Indian journal of veterinary science and animal husbandry - Volumes 18-21, 1948-1951
Year: 1948
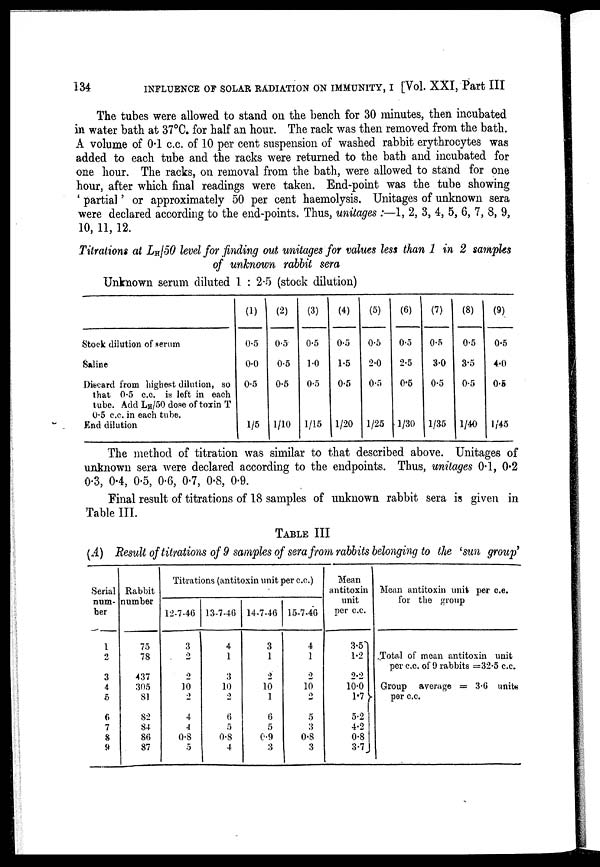
134
INFLUENCE OF SOLAR RADIATION ON IMMUNITY, I [Vol. XXI, Part III
The tubes were allowed to stand on the bench for 30 minutes, then incubated
in water bath at 37°C. for half an hour. The rack was then removed from the bath.
A volume of 0.1 c.c. of 10 per cent suspension of washed rabbit erythrocytes was
added to each tube and the racks were returned to the bath and incubated for
one hour. The racks, on removal from the bath, were allowed to stand for one
hour, after which final readings were taken. End-point was the tube showing
' partial' or approximately 50 per cent haemolysis. Unitages of unknown sera
were declared according to the end-points. Thus, unitages :—1, 2, 3, 4, 5, 6, 7, 8, 9,
10, 11, 12.
Titrations at L H /50 level for finding out unitages for values less than 1 in 2 samples
of unknown rabbit sera
Unknown serum diluted 1. : 2.5 (stock dilution)
Stock dilution of serum
Saline
Discard from highest dilution, so
that 0.5 c.c. is loft in each
tube. Add L H /50 dose of toxin T
0.5 c.c. in each tube.
End dilution
(1)
0.5
0.0
0.5
1/5
(2)
0.5
0.5
0.5
1/10
(3)
0.5
1.0
0.5
1/15
(4)
0.5
1.5
0.5
1/20
(5)
0.5
2.0
0.5
1/25
(6)
0.5
2.5
0.5
1/30
(7)
0.5
3.0
0.5
1/35
(8)
0.5
3.5
0.5
1/40
(9)
0.5
4.0
0.5
1/45
The method of titration was similar to that described above. Unitages of
unknown sera were declared according to the endpoints. Thus, unitages 0.1, 0.2
0.3, 0.4, 0.5, 0.6, 0.7, 0.8, 0.9.
Final result of titrations of 18 samples of unknown rabbit sera is given in
Table III.
TABLE III
(A) Result of titrations of 9 samples of sera from rabbits belonging to the 'sun group'
Serial
num-
ber
1
2
3
4
5
6
7
8
9
Rabbit
number
75
78
437
305
81
82
84
86
87
Titrations (antitoxin unit per c.c.)
12-7-46
3
2
2
10
2
4
4
0.8
5
13-7-46
4
1
3
10
2
6
5
0.8
4
14-7-46
3
1
2
10
1
6
5
0.9
3
15-7-46
4
1
2
10
2
5
3
0.8
3
Mean
antitoxin
unit
per c.c.
3.5
1.2
2.2
10.0
1.7 }
5.2
4.2
0.8
3.7
Mean antitoxin unit per c.c.
for the group
Total of mean antitoxin unit
per c.c. of 9 rabbits =32.5 c.c.
Group average = 3.6 unite
per c.c.